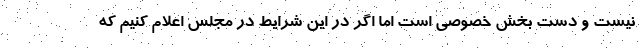
نیست و دست بخش خصوصی است اما اگر در این شرایط در مجلس اعلام کنیم که